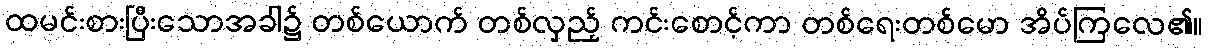
ထမင်းစားပြီးသောအခါ၌ တစ်ယောက် တစ်လှည့် ကင်းစောင့်ကာ တစ်ရေးတစ်မော အိပ်ကြလေ၏။